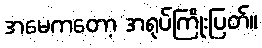
အမေကတော့ အရုပ်ကြိုးပြတ်။